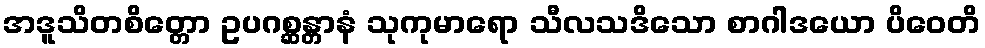
အဒူသိတစိတ္တော ဥပဂစ္ဆန္တာနံ သုကုမာရော သီလသဒိသော စာဂါဒယော ပိဝေတိ